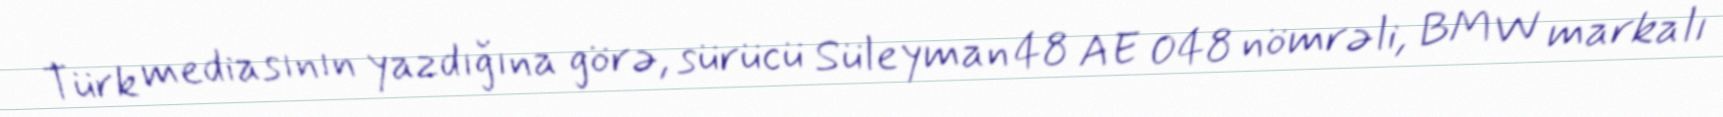
Türk mediasının yazdığına görə, sürücü Süleyman 48 AE 048 nömrəli, BMW markalı